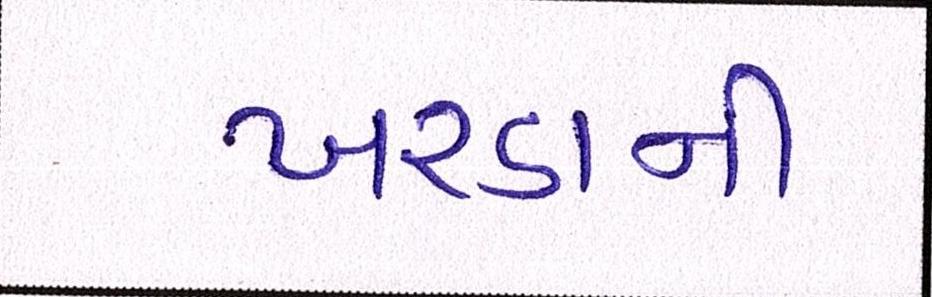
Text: ખરડાની